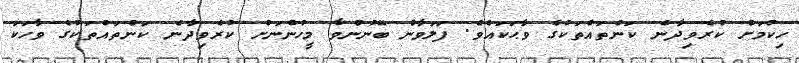
ހިކުމަަށް ކުރެވިދާނެ ކަންތައްތަކުގެ ވާޙަކައެވެ. ފަލަވާން ބޭނުންވާ މީހުންނަށް ކުރެވިދާނެ ކަންތައްތަކުގެ ވާހަކަ